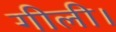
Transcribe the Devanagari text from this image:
गीली।